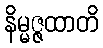
နိမ္မဇ္ဇထာတိ